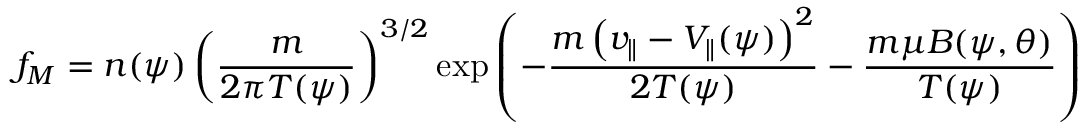
f _ { M } = n ( \psi ) \left( \frac { m } { 2 \pi T ( \psi ) } \right) ^ { 3 / 2 } \exp \left( - \frac { m \left( v _ { \parallel } - V _ { \parallel } ( \psi ) \right) ^ { 2 } } { 2 T ( \psi ) } - \frac { m \mu B ( \psi , \theta ) } { T ( \psi ) } \right)